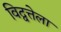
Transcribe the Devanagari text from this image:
विद्वत्तेला